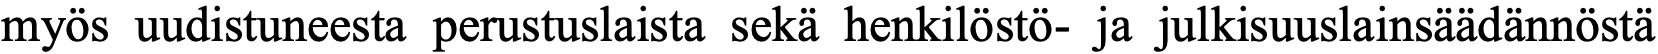
myös uudistuneesta perustuslaista sekä henkilöstö- ja julkisuuslainsäädännöstä